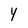
Character: Y